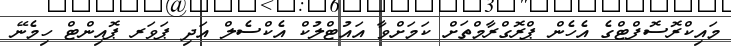
މައިކްރޮސޮފްޓްގެ އެހެން ޕްރޮގްރާމްތަށް ކަމަށްވާ އައުޓްލުކް އެކްސެލް އަދި ޕަވަރ ޕޮއިންޓް ހިމެނޭ